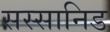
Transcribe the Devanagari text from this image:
सस्सानिड